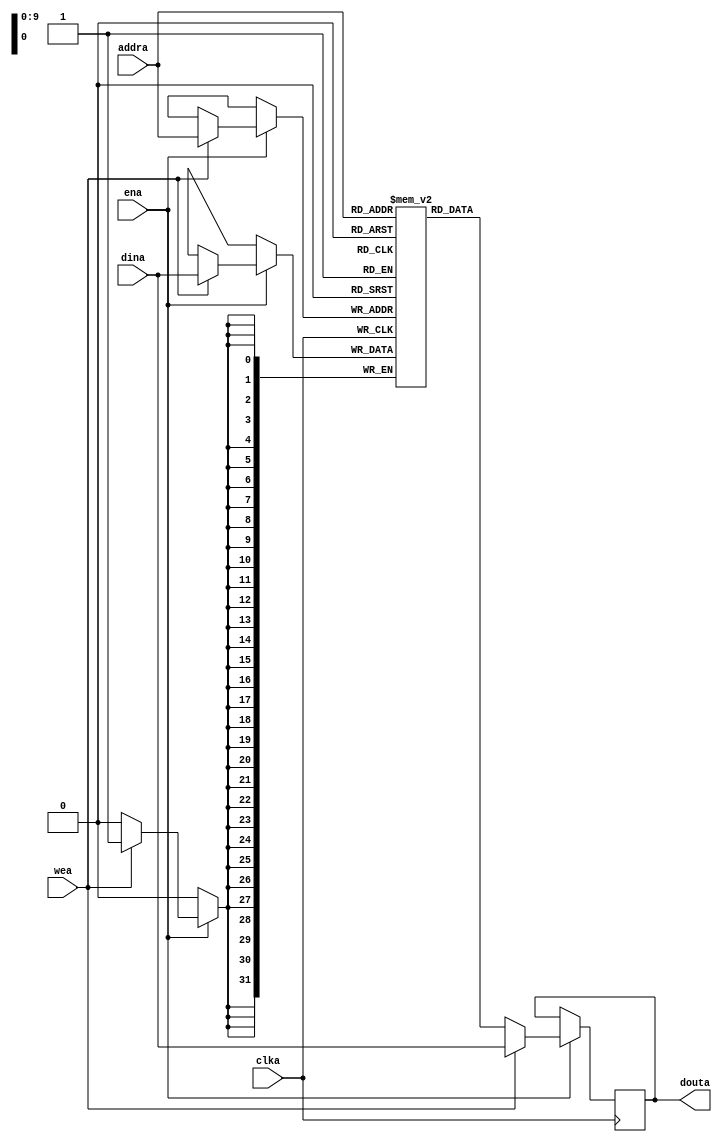
`timescale 1ns / 1ps
module RAM_1PORT#(
    parameter RAM_WIDTH = 32      ,                      
    parameter RAM_DEPTH = 1024    ,       
    parameter pipeline  = 1       ,             
    parameter INIT_FILE = ""                     
)(
    input [$clog2(RAM_DEPTH-1)-1:0]   addra   , 
    input [RAM_WIDTH-1:0]             dina    ,           
    input                             clka    ,                         
    input                             wea     ,                            
    input                             ena     ,                           
    output [RAM_WIDTH-1:0]            douta      
);

  reg [RAM_WIDTH-1:0] BRAM [RAM_DEPTH-1:0];
  genvar  i   ;

  generate
    if (INIT_FILE != "") begin: use_init_file
      initial
        $readmemh(INIT_FILE, BRAM, 0, RAM_DEPTH-1);
    end 
    else begin: init_bram_to_zero
      integer ram_index;
      initial
        for (ram_index = 0; ram_index < RAM_DEPTH; ram_index = ram_index + 1)
          BRAM[ram_index] = {RAM_WIDTH{1'b0}};
    end
  endgenerate

  always @(posedge clka)
    if (ena)
      if (wea)
        BRAM[addra] <= dina; 

  generate 
    if(pipeline == 0)begin:delay_0
      assign douta = BRAM[addra];
    end
    else begin:delay_n
      reg [RAM_WIDTH-1:0] ram_dataa [pipeline-1:0];
      assign douta = ram_dataa[pipeline-1];
      for(i=0; i<pipeline; i=i+1)
        if(i == 0)begin:get_value
          always @(posedge clka)begin
            if (ena)
              if (wea) 
                ram_dataa[0] <= dina;
              else
                ram_dataa[0] <= BRAM[addra];  
          end  
        end
        else begin:delay
          always @(posedge clka)begin
            ram_dataa[i] <= ram_dataa[i-1];
          end
        end
    end
  endgenerate
  
endmodule


module RAM_2PORT#(
    parameter RAM_WIDTH = 32      ,                      
    parameter RAM_DEPTH = 1024    ,      
    parameter pipeline  = 1       ,                     
    parameter INIT_FILE = ""                     
)(
    input [$clog2(RAM_DEPTH-1)-1:0]   addra   , 
    input [RAM_WIDTH-1:0]             dina    ,           
    input                             clka    ,                         
    input                             wea     ,                            
    input                             ena     ,                           
    output [RAM_WIDTH-1:0]            douta   ,      
    input [$clog2(RAM_DEPTH-1)-1:0]   addrb   , 
    input [RAM_WIDTH-1:0]             dinb    ,          
    input                             clkb    ,                         
    input                             web     ,                         
    input                             enb     ,                         
    output [RAM_WIDTH-1:0]            doutb          
);

  reg [RAM_WIDTH-1:0] BRAM [RAM_DEPTH-1:0];
  reg [RAM_WIDTH-1:0] ram_dataa = {RAM_WIDTH{1'b0}};
  reg [RAM_WIDTH-1:0] ram_datab = {RAM_WIDTH{1'b0}};
  genvar  i   ;
  generate
    if (INIT_FILE != "") begin: use_init_file
      initial
        $readmemh(INIT_FILE, BRAM, 0, RAM_DEPTH-1);
    end 
    else begin: init_bram_to_zero
      integer ram_index;
      initial
        for (ram_index = 0; ram_index < RAM_DEPTH; ram_index = ram_index + 1)
          BRAM[ram_index] = {RAM_WIDTH{1'b0}};
    end
  endgenerate

  always @(posedge clka)
    if (ena)
      if (wea)
        BRAM[addra] <= dina;    
 
  always @(posedge clkb)
    if (enb)
      if (web)
        BRAM[addrb] <= dinb; 

  generate 
    if(pipeline == 0)begin:delay_0
      assign douta = BRAM[addra];
      assign doutb = BRAM[addrb];
    end
    else begin:delay_n
      reg [RAM_WIDTH-1:0] ram_dataa [pipeline-1:0];
      reg [RAM_WIDTH-1:0] ram_datab [pipeline-1:0];
      assign douta = ram_dataa[pipeline-1];
      assign doutb = ram_datab[pipeline-1];
      for(i=0; i<pipeline; i=i+1)
        if(i == 0)begin:get_value
          always @(posedge clka)begin
            if (ena)
              if (wea) 
                ram_dataa[0] <= dina;
              else
                ram_dataa[0] <= BRAM[addra];  
          end  
          always @(posedge clkb)begin
            if (enb)
              if (web) 
                ram_datab[0] <= dinb;
              else
                ram_datab[0] <= BRAM[addrb];  
          end  
        end
        else begin:delay
          always @(posedge clka)begin
            ram_dataa[i] <= ram_dataa[i-1];
          end
          always @(posedge clkb)begin
            ram_datab[i] <= ram_datab[i-1];
          end
        end
    end
  endgenerate
endmodule